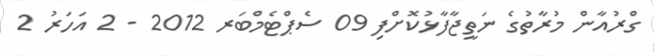
ގްރުއާން މުރާތުގެ ނަތީޖާފާޅުކޮށްފި 09 ސެޕްޓެމްބަރ 2012 - 2 އަހަރު 2